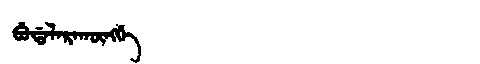
Manchu: ᠪᡠᡩᠠᠯᠠᡵᠠᡴᡡᠩᡤᡝ
Romanization: BUDALARAKŪNGGE